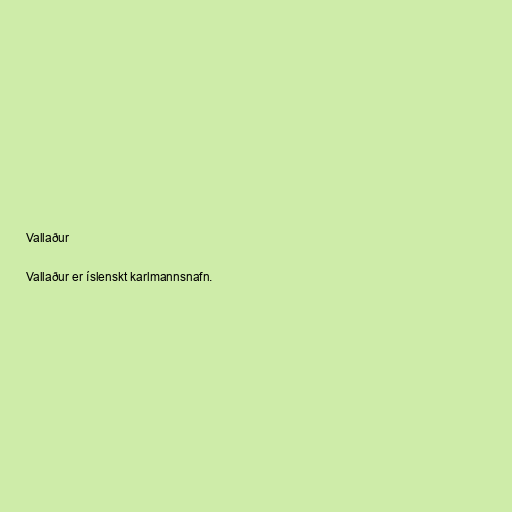
Vallaður

Vallaður er íslenskt karlmannsnafn.